Leaving Certificate Examination (including Day School Certificate (Higher) General paper), 1930
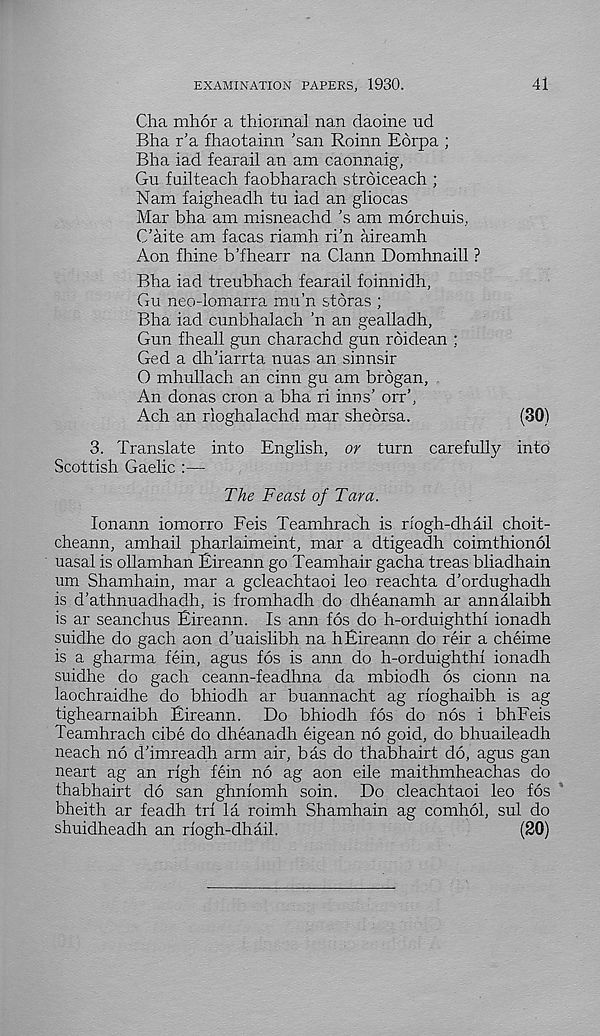
EXAMINATION PAPERS, 1930.
41
Cha mhor a thiormal nan daoine nd
Bha r'a fhaotainn 'san Roinn Eorpa ;
Bha iad fearail an am ca.onna.ig,
Gu fuilteach faobharach stroiceach ;
Nam faigheadh tu iad an gliocas
Mar bha am misneachd ’s am morchuis,
C’aite am facas riamh ri’n aireamh
Aon fhine b’fhearr na Clann Domhnaill ?
Bha iad treubhach fearail foinnidh,
Gu neo-lomarra mu’n storas ;
Bha iad cunbhalach ’n an gealladh.
Gun fheall gun chara.chd gun roidean ;
Ged a dh’iarrta nuas an sinnsir
O mhullach an cinn gu am brogan,
An donas cron a bha ri inns’ orr’,
Ach an rioghalaehd mar sheorsa.
(30)
3. Translate into English, or turn careful!}/ into
Scottish Gaelic :—
The Feast of Tara.
lonann iomorro Feis Teamhrach is riogh-dhail choit-
cheann, amhail pharlaimeint, mar a dtigeadh coimthionol
uasal is ollamhan Eireann go Teamhair gacha treas bliadhain
um Shamhain, mar a gcleachtaoi leo reachta d’ordughadh
is d’athnuadhadh, is fromhadh do dheanamh ar annalaibh
is ar seanchus Eireann. Is ann fos do h-orduighthi ionadh
suidhe do gach aon d’uaislibh na hEireann do reir a cheime
is a gharma fein, agus fos is ann do h-orduighthf ionadh
suidhe do gach ceann-feadhna da mbiodh 6s cionn na
laochraidhe do bhiodh ar buannacht ag rioghaibh is ag
tighearnaibh Eireann. Do bhiodh fos do nos i bhFeis
Teamhrach cibe do dheanadh eigean no goid, do bhuaileadh
neach no d’imreadh arm air, bas do thabhairt do, agus gan
neart ag an righ fein no ag aon eile maithmheachas do
thabhairt do san ghnfomh soin. Do cleachtaoi leo fos
bheith ar feadh trf la roimh Shamhain ag comhol, sul do
shuidheadh an riogh-dhail.
(20)